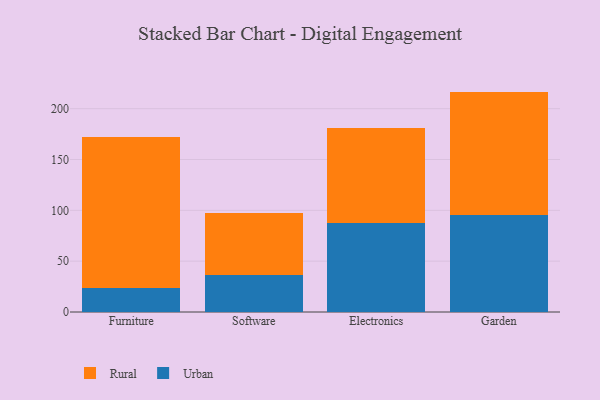
{"axis": {"x": "Category", "y": "Net Income (USD K)"}, "legend": ["Rural", "Urban"], "data": [{"x": "Furniture", "y": 23.5, "type": "Urban"}, {"x": "Furniture", "y": 148.6, "type": "Rural"}, {"x": "Software", "y": 36.2, "type": "Urban"}, {"x": "Software", "y": 61.4, "type": "Rural"}, {"x": "Electronics", "y": 87.8, "type": "Urban"}, {"x": "Electronics", "y": 93.0, "type": "Rural"}, {"x": "Garden", "y": 95.2, "type": "Urban"}, {"x": "Garden", "y": 121.6, "type": "Rural"}]}